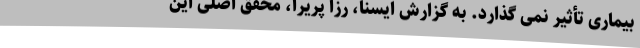
بیماری تأثیر نمی گذارد. به گزارش ایسنا، رزا پریرا، محقق اصلی این